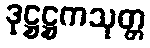
ဒုဋ္ဌဋ္ဌကသုတ္တ